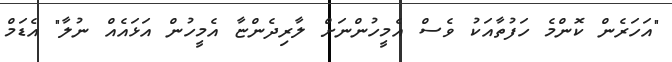
"އަހަރެން ކޮންމެ ހަފުތާއަކު ވެސް އެމީހުންނަށް ލާރިދެންޏާ އެމީހުން އަޅައެއް ނުލާ" އެޑަމް